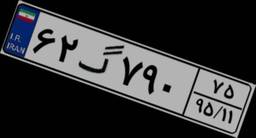
۶۲گ۷۹۰۷۵